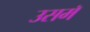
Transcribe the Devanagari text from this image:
उसमॅ